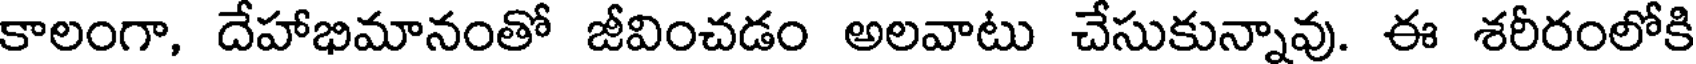
కాలంగా, దేహాభిమానంతో జీవించడం అలవాటు చేసుకున్నావు. ఈ శరీరంలోకి